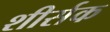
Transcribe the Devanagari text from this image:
शीर्सक